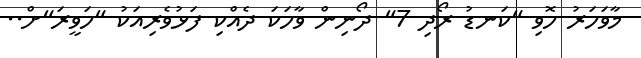
މާވަހަރު ހޮވި "ކަނޑު ރޯދި 7" ދޯނިން ވާހަކަ ދެއްކި ފަޅުވެރިއަކު "ހަވީރަ"ށް..